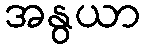
အနွယာ